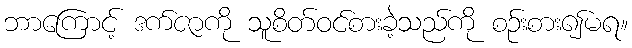
ဘာကြောင့် ဒက်ဇာကို သူစိတ်ဝင်စားခဲ့သည်ကို စဉ်းစား၍မရ။